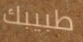
طبيبك